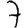
Digit: 7